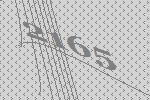
2165